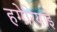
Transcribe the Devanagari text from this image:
हगेरियाई